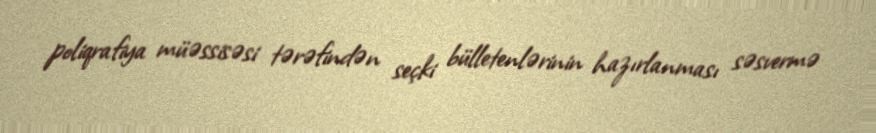
poliqrafiya müəssisəsi tərəfindən seçki bülletenlərinin hazırlanması səsvermə